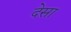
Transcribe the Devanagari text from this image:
देसा